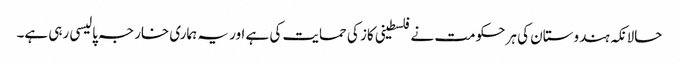
حالانکہ ہندوستان کی ہر حکومت نے فلسطینی کاز کی حمایت کی ہے اور یہ ہماری خارجہ پالیسی رہی ہے۔